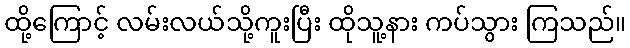
ထို့ကြောင့် လမ်းလယ်သို့ကူးပြီး ထိုသူ့နား ကပ်သွား ကြသည်။